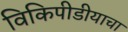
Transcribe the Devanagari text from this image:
विकिपीडीयाचा